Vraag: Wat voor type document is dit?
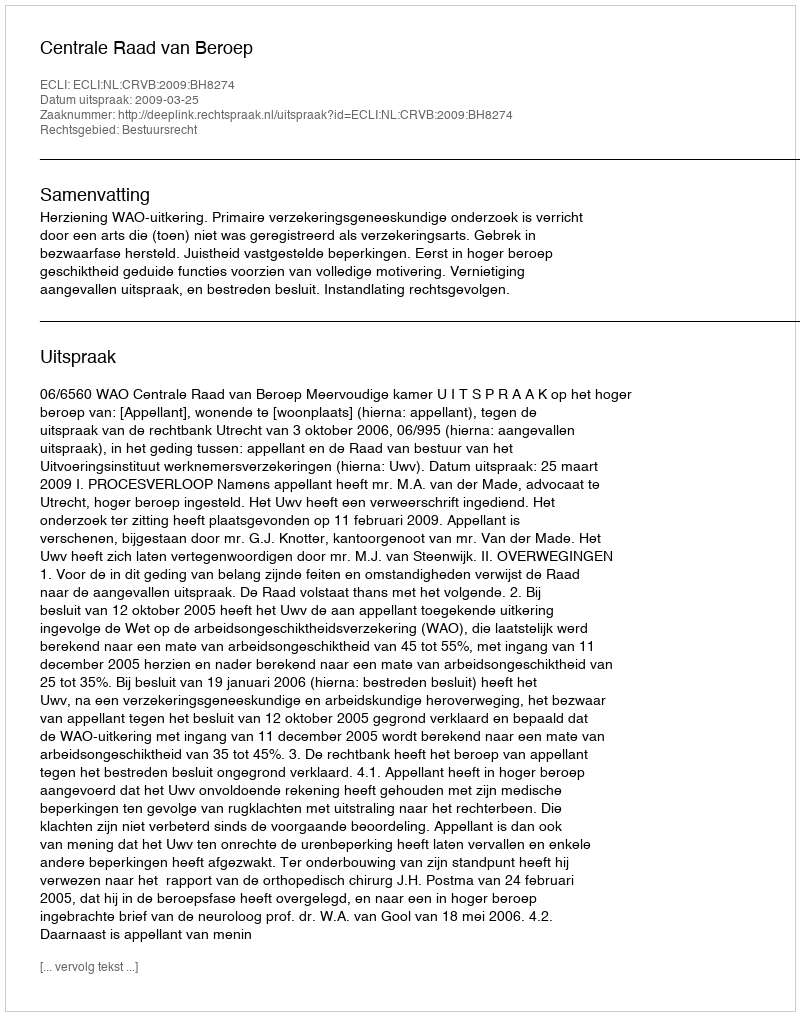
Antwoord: Uitspraak